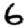
Digit: 6